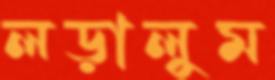
লড়ালুম